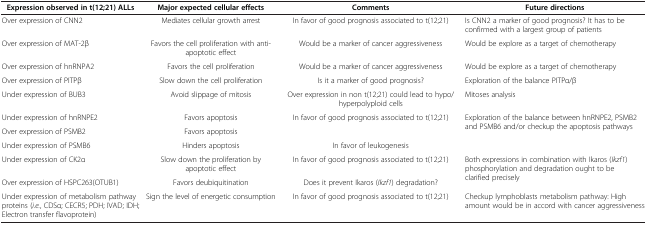
| Expression observed in t(12;21) ALLs | Major expected cellular effects | Comments | Future directions |
 | --- | --- | --- | --- |
 | Over expression of CNN2 | Mediates cellular growth arrest | In favor of good prognosis associated to t(12;21) | Is CNN2 a marker of good prognosis? It has to be confirmed with a largest group of patients |
 | Over expression of MAT-2β | Favors the cell proliferation with anti-apoptotic effect | Would be a marker of cancer aggressiveness | Would be explore as a target of chemotherapy |
 | Over expression of hnRNPA2 | Favors the cell proliferation | Would be a marker of cancer aggressiveness | Would be explore as a target of chemotherapy |
 | Over expression of PITPβ | Slow down the cell proliferation | Is it a marker of good prognosis? | Exploration of the balance PITPα/β |
 | Under expression of BUB3 | Avoid slippage of mitosis | Over expression in non t(12;21) could lead to hypo/hyperpolyploid cells | Mitoses analysis |
 | Under expression of hnRNPE2 | Favors apoptosis | <ROWSPAN=2> In favor of good prognosis associated to t(12;21) | <ROWSPAN=3> Exploration of the balance between hnRNPE2, PSMB2 and PSMB6 and/or checkup the apoptosis pathways |
 | Over expression of PSMB2 | Favors apoptosis |
 | Under expression of PSMB6 | Hinders apoptosis | In favor of leukogenesis |
 | Under expression of CK2α | Slow down the proliferation by apoptotic effect | In favor of good prognosis associated to t(12;21) | <ROWSPAN=2> Both expressions in combination with Ikaros (Ikzf1) phosphorylation and degradation ought to be clarified precisely |
 | Over expression of HSPC263(OTUB1) | Favors deubiquitination | Does it prevent Ikaros (Ikzf1) degradation? |
 | Under expression of metabolism pathway proteins (i.e., CDSα; CECR5; PDH; IVAD; IDH; Electron transfer flavoprotein) | Sign the level of energetic consumption | In favor of good prognosis associated to t(12;21) | Checkup lymphoblasts metabolism pathway: High amount would be in accord with cancer aggressiveness |